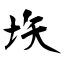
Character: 垁